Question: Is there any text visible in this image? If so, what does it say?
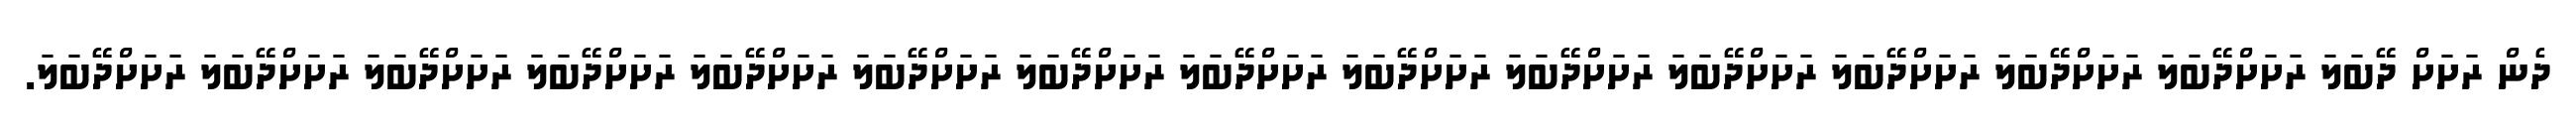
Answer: ދެން ރަށަށް ދޭބަލަ ރަށަށްދޭބަލަ ރަށަށްދޭބަލަ ރަށަށްދޭބަލަ ރަށަށްދޭބަލަ ރަށަށްދޭބަލަ ރަށަށްދޭބަލަ ރަށަށްދޭބަލަ ރަށަށްދޭބަލަ ރަށަށްދޭބަލަ ރަށަށްދޭބަލަ ރަށަށްދޭބަލަ ރަށަށްދޭބަލަ ރަށަށްދޭބަލަ ރަށަށްދޭބަލަ.